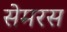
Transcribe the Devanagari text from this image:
सेमरस